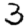
Digit: 3